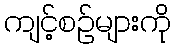
ကျင့်စဉ်များကို